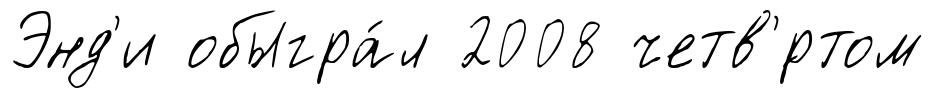
Энд'и обыгра́л 2008 четв'́ртом